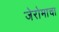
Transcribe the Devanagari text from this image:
जेरोमाचा